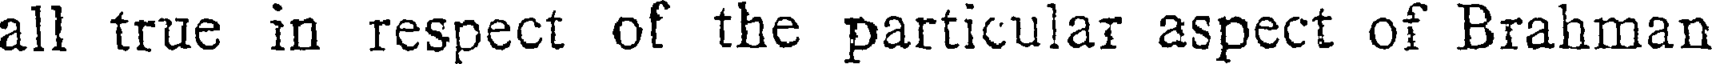
all true in respect of the particular aspect of Brahman